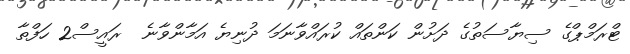
ޓްރަމްޕްގެ ސިޔާސަތުގެ ދަށުން ކަންތައް ކުރައްވާނަމަ ދުނިޔެ އަމާންވާނެ  ރައީސް2 ހަފްތާ